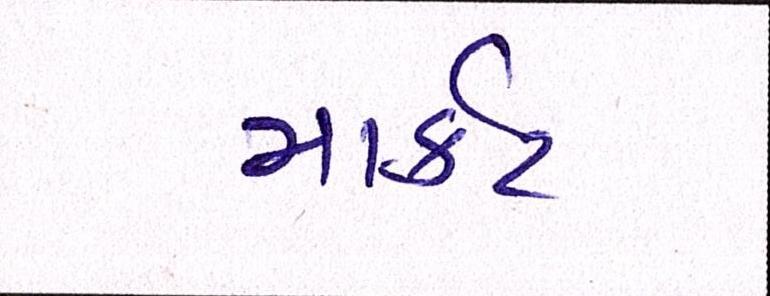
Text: માર્ક઼ટ